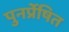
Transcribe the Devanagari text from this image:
पुनर्प्रेषित